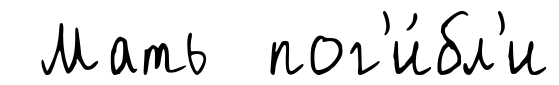
Мать пог'и́бл'и